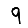
Digit: 9